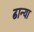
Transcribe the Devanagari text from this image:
ढान्या